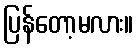
ပြန်တော့မလား။